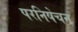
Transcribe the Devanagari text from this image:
परनिषेचन